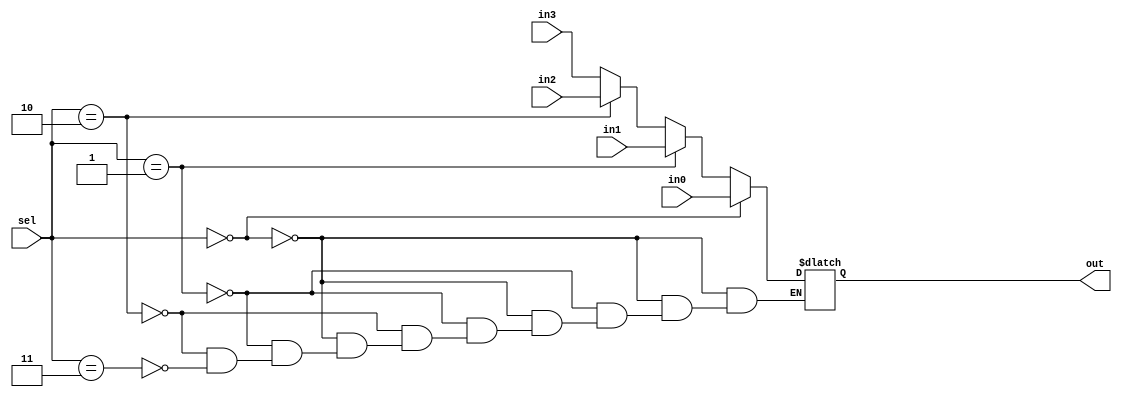
module mux_4x1_5bit(
    input wire [4:0] in0,
    input wire [4:0] in1,
    input wire [4:0] in2,
    input wire [4:0] in3,
    input wire [1:0] sel,
    output [4:0] out
);
reg [4:0] _out;
always @(*) begin
    if (sel == 2'b00)
        _out = in0;
    else if (sel == 2'b01)
        _out = in1;
    else if (sel == 2'b10)
        _out = in2;
    else if (sel == 2'b11)
        _out = in3;
end
assign out = _out;
endmodule